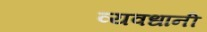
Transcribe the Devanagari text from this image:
व्यवधानी